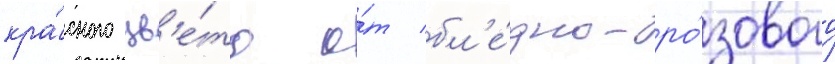
кра́сного цв'е́та о́т бл'е́дно-ро́зового